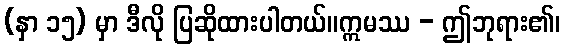
(နှာ ၁၅) မှာ ဒီလို ပြဆိုထားပါတယ်။ဣမဿ - ဤဘုရား၏၊